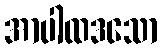
အာပါထဒသော